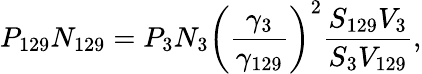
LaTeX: P_{129}N_{129}=P_{3}N_{3}\left({\frac{\gamma_{3}}{\gamma_{129}}}\right)^{2}{\frac{S_{129}V_{3}}{S_{3}V_{129}}},